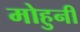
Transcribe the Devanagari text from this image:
मोहुनी